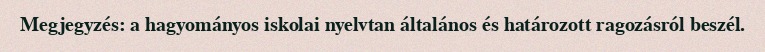
Megjegyzés: a hagyományos iskolai nyelvtan általános és határozott ragozásról beszél.